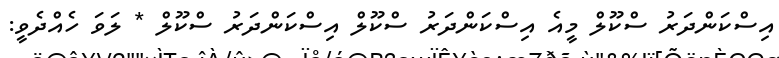
އިސްކަންދަރު ސްކޫލް މީއެ އިސްކަންދަރު ސްކޫލް އިސްކަންދަރު ސްކޫލް * ލަވަ ހެއްދެވީ: